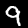
Label: 9